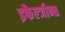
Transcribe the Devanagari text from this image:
इफैल्जीन्स